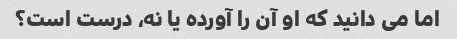
اما می دانید که او آن را آورده یا نه، درست است؟